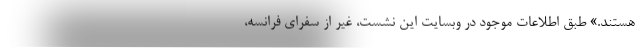
هستند.» طبق اطلاعات موجود در وبسایت این نشست، غیر از سفرای فرانسه،